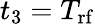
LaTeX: t_{3}=T_{\mathrm{rf}}